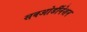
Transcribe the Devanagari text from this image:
सबओर्डीनेशन